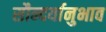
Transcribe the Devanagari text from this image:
सौन्दर्यानुभाव